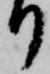
り